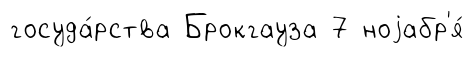
госуда́рства Брокгауза 7 ноjабр'я́